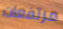
مرتفعات